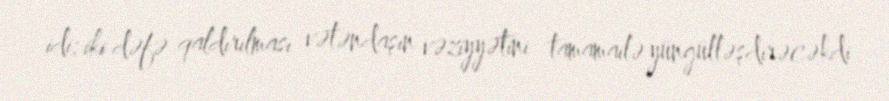
idi: iki dəfə qaldırılması vətəndaşın vəziyyətini tamamailə yüngülləşdirəcəkdi